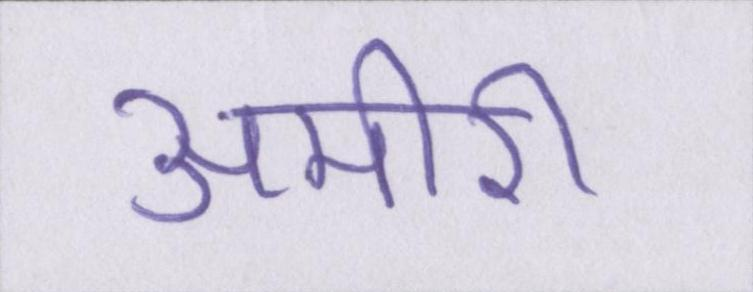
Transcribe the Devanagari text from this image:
अमीरी